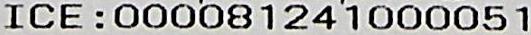
ICE:000081241000051